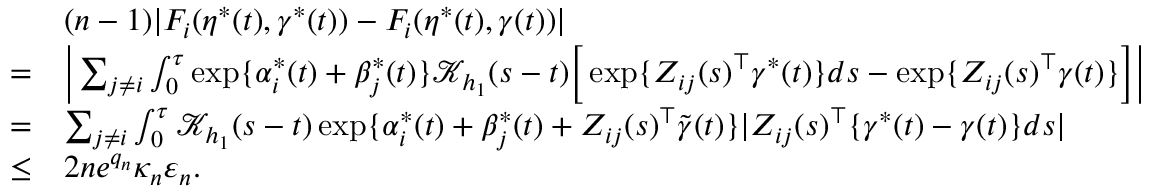
\begin{array} { r l } & { ( n - 1 ) | F _ { i } ( \eta ^ { * } ( t ) , \gamma ^ { * } ( t ) ) - F _ { i } ( \eta ^ { * } ( t ) , \gamma ( t ) ) | } \\ { = } & { \bigg | \sum _ { j \neq i } \int _ { 0 } ^ { \tau } \exp \{ \alpha _ { i } ^ { * } ( t ) + \beta _ { j } ^ { * } ( t ) \} \mathcal { K } _ { h _ { 1 } } ( s - t ) \Big [ \exp \{ Z _ { i j } ( s ) ^ { \top } \gamma ^ { * } ( t ) \} d s - \exp \{ Z _ { i j } ( s ) ^ { \top } \gamma ( t ) \} \Big ] \bigg | } \\ { = } & { \sum _ { j \neq i } \int _ { 0 } ^ { \tau } \mathcal { K } _ { h _ { 1 } } ( s - t ) \exp \{ \alpha _ { i } ^ { * } ( t ) + \beta _ { j } ^ { * } ( t ) + Z _ { i j } ( s ) ^ { \top } \widetilde \gamma ( t ) \} | Z _ { i j } ( s ) ^ { \top } \{ \gamma ^ { * } ( t ) - \gamma ( t ) \} d s | } \\ { \le } & { 2 n e ^ { q _ { n } } \kappa _ { n } \varepsilon _ { n } . } \end{array}